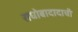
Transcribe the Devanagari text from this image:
राघोबादादाची